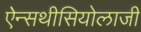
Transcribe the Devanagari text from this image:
ऐन्सथीसियोलाजी